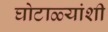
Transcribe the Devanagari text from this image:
घोटाळ्यांशी